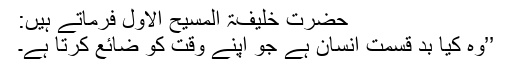
حضرت خلیفۃ المسیح الاوّل فرماتے ہیں:
’’وہ کیا بد قسمت انسان ہے جو اپنے وقت کو ضائع کرتا ہے۔